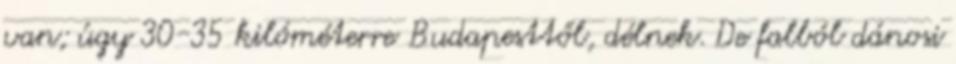
van; úgy 30-35 kilóméterre Budapesttől, délnek. De falból dánosi